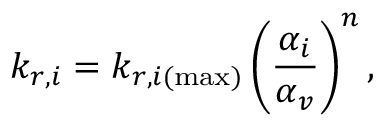
k _ { r , i } = k _ { r , i ( \operatorname* { m a x } ) } \left( \frac { \alpha _ { i } } { \alpha _ { v } } \right) ^ { n } ,